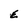
Character: E